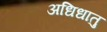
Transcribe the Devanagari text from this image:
अधिधातु